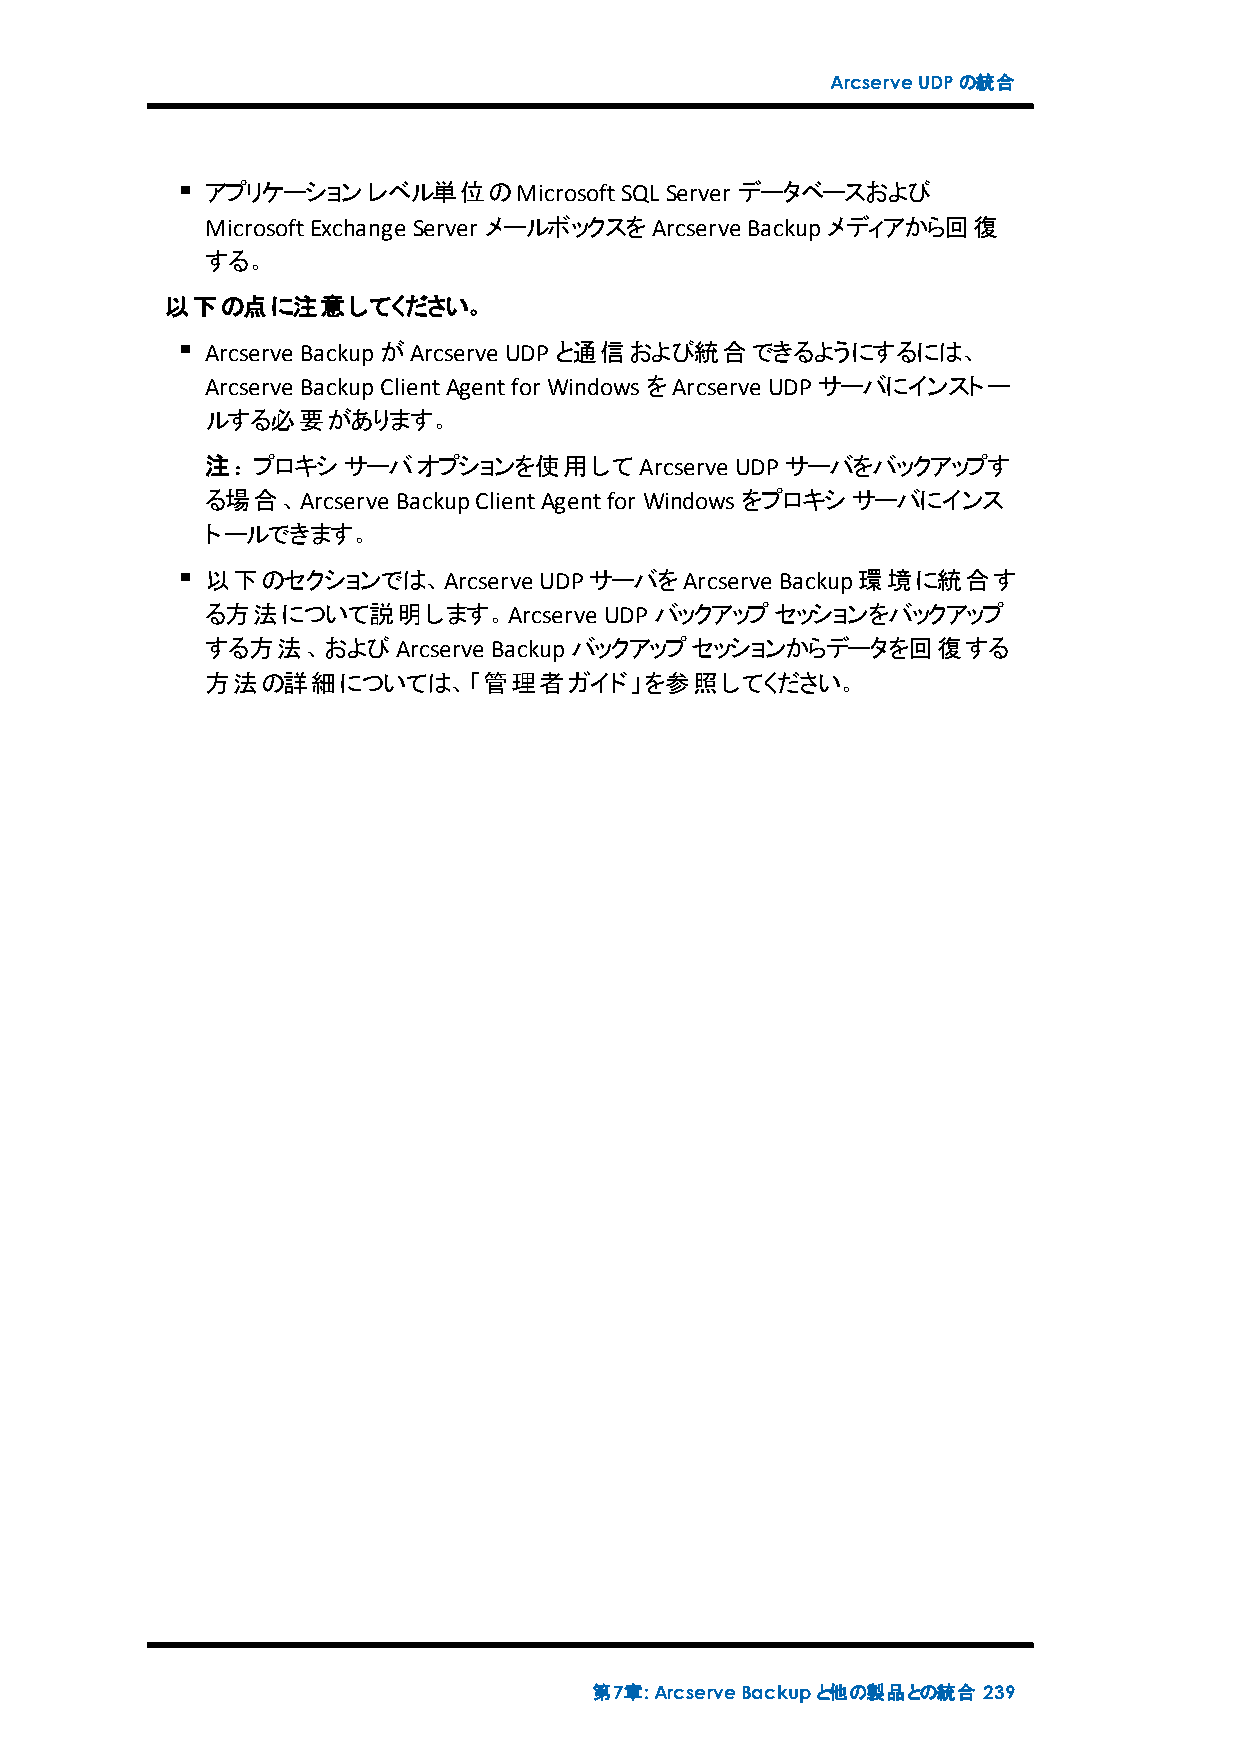
ArcserveUDPの統合
 アプリケーションレベル単位のMicrosoftSQL    Server データベースおよび
 MicrosoftExchange Server メールボックスをArcserve Backupメディアから回復
 する。
 以下の点に注意してください。
 Arcserve BackupがArcserve UDPと通信および統合できるようにするには、
 Arcserve BackupClientAgentfor WindowsをArcserve UDPサーバにインストー
 ルする必要があります。
 注：プロキシサーバオプションを使用してArcserve        UDPサーバをバックアップす
 る場合、Arcserve BackupClientAgentfor Windowsをプロキシサーバにインス
 トールできます。
 以下のセクションでは、Arcserve   UDPサーバをArcserve Backup環境に統合す
 る方法について説明します。Arcserve     UDPバックアップセッションをバックアップ
 する方法、およびArcserve  Backupバックアップセッションからデータを回復する
 方法の詳細については、「管理者ガイド」を参照してください。
 第7章:ArcserveBackupと他の製品との統合 239